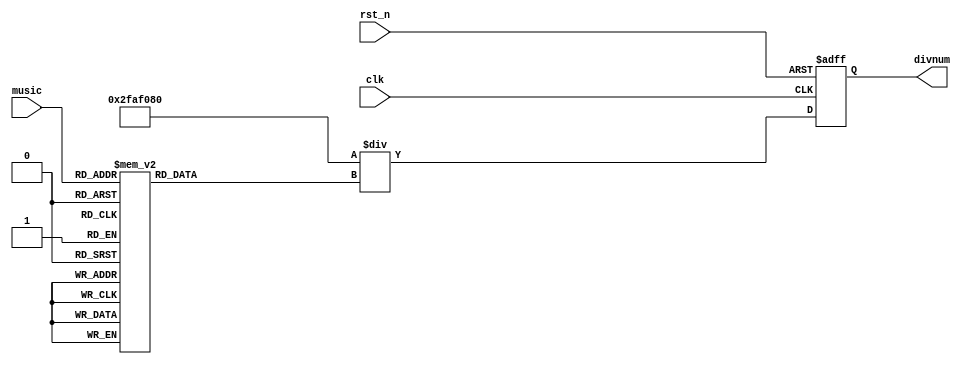
`timescale 1ns/1ps
//////////////////////////////////////////////////////////////////////////////////
// Company: 
// Engineer: 
// 
// Design Name: 
// Module Name: cal_divnum
// Project Name: 
// Target Devices: 
// Tool Versions: 
// Description: 
// 
// Dependencies: 
// 
// Revision:
// Revision 0.01 - File Created
// Additional Comments:
// 
//////////////////////////////////////////////////////////////////////////////////


module cal_divnum(
    input wire clk,
    input wire rst_n,
    input wire [4:0] music,
    output reg [31:0] divnum
);
    reg [31:0] freq;

    always @* begin
        case (music)
            5'd1: freq = 32'd262;
            5'd2: freq = 32'd294;
            5'd3: freq = 32'd330;
            5'd4: freq = 32'd349;
            5'd5: freq = 32'd392;
            5'd6: freq = 32'd440;
            5'd7: freq = 32'd494;

            5'd8: freq = 32'd523;
            5'd9: freq = 32'd587;
            5'd10: freq = 32'd659;
            5'd11: freq = 32'd699;
            5'd12: freq = 32'd784;
            5'd13: freq = 32'd880;
            5'd14: freq = 32'd988;

            5'd15: freq = 32'd1050;
            5'd16: freq = 32'd1175;
            5'd17: freq = 32'd1319;
            5'd18: freq = 32'd1397;
            5'd19: freq = 32'd1568;
            5'd20: freq = 32'd1760;
            5'd21: freq = 32'd1976;
            default: freq = 32'd1;
        endcase
    end

    always @(posedge clk, negedge rst_n) begin
        if (rst_n == 1'b0)
            divnum <= 32'd50_000_000;
        else
            divnum <= 50_000_000/freq;
    end
endmodule